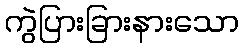
ကွဲပြားခြားနားသော